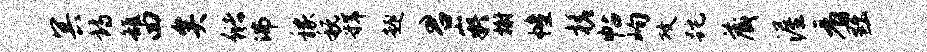
冥诗雒四矣储沸稼税虢趣君嶷榭幢槎帖峋攻跎藏渥看黜